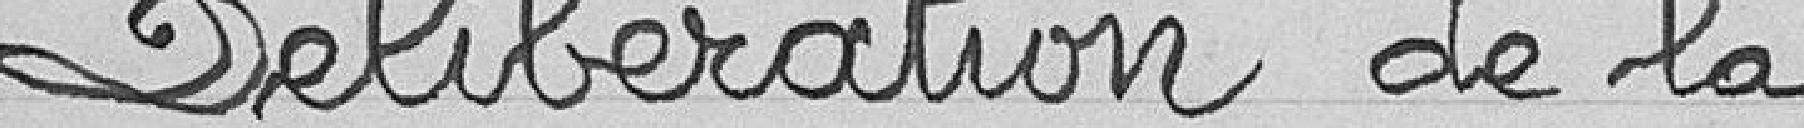
Délibération de la